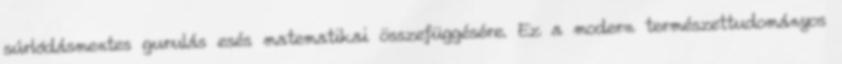
súrlódásmentes gurulás esés matematikai összefüggésére. Ez a modern természettudományos